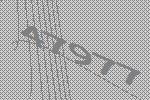
47977